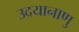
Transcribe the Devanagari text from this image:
उदयानाणु